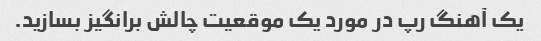
یک آهنگ رپ در مورد یک موقعیت چالش برانگیز بسازید.